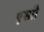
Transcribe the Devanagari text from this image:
एस्प्रो